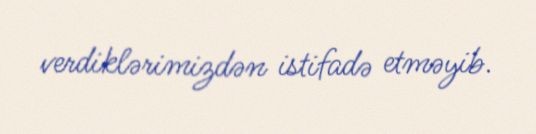
verdiklərimizdən istifadə etməyib.